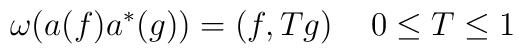
\omega (a(f)a^{*}(g))=\left( f,Tg\right) \quad 0\leq T\leq 1